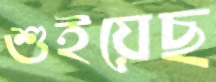
শুইয়েছ